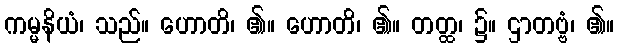
ကမ္မနိယံ၊ သည်။ ဟောတိ၊ ၏။ ဟောတိ၊ ၏။ တတ္ထ၊ ၌။ ဌာတဗ္ဗံ၊ ၏။